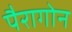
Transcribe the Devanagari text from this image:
पैरागोन